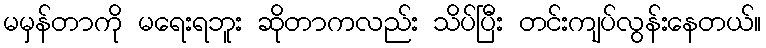
မမှန်တာကို မရေးရဘူး ဆိုတာကလည်း သိပ်ပြီး တင်းကျပ်လွန်းနေတယ်။